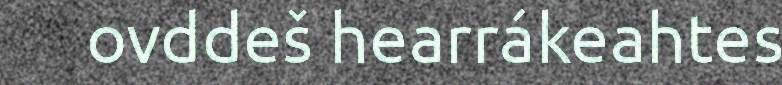
ovddeš hearrákeahtes